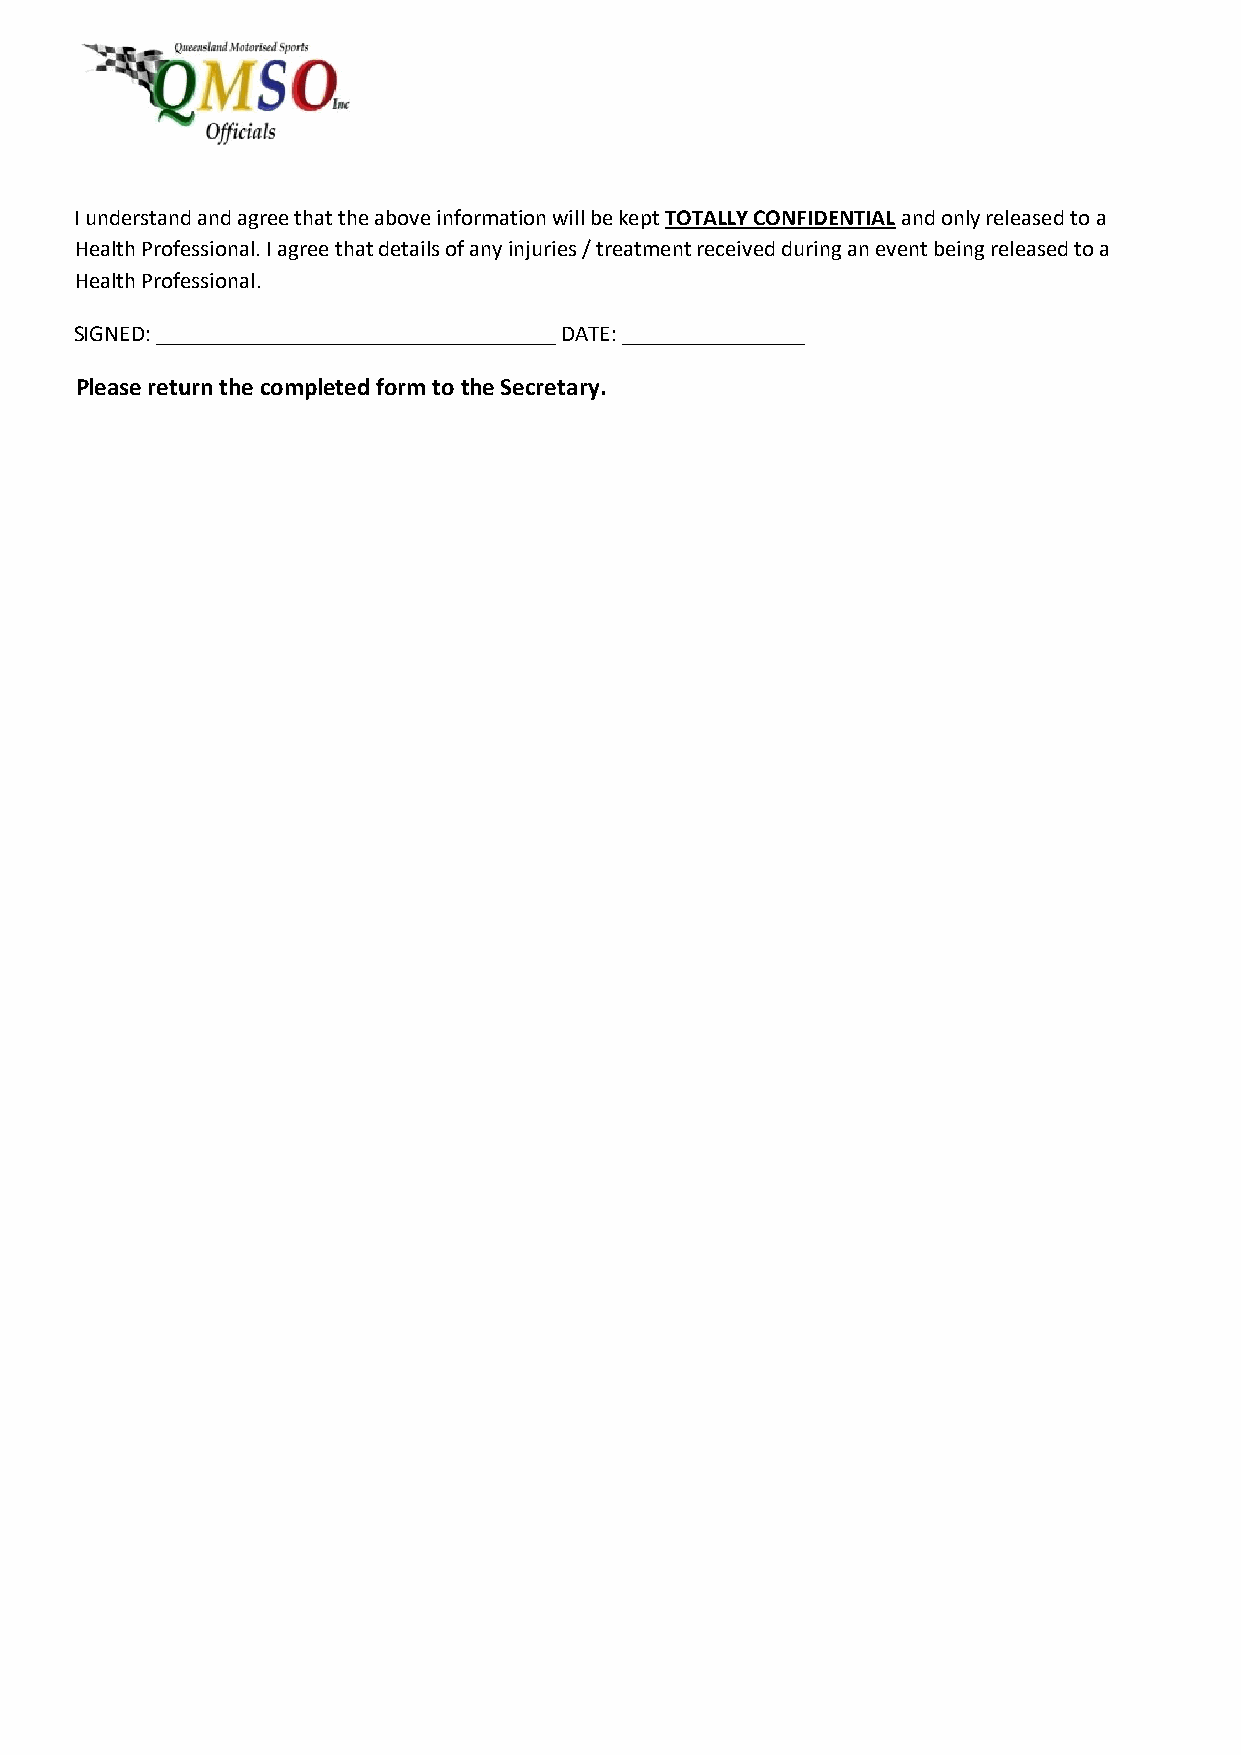
I understand and agree that the above information will be kept TOTALLY CONFIDENTIAL and only released to a
 Health Professional. I agree that details of any injuries / treatment received during an event being released to a
 Health Professional.
 SIGNED: ___________________________________ DATE: ________________
 Please return the completed form to the Secretary.